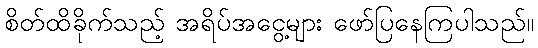
စိတ်ထိခိုက်သည့် အရိပ်အငွေ့များ ဖော်ပြနေကြပါသည်။